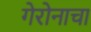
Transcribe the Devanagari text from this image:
गेरोनाचा